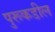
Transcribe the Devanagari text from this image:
पुरूकडील